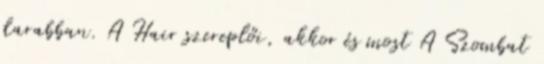
darabban. A Hair szereplői, akkor és most A Szombat